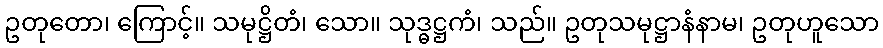
ဥတုတော၊ ကြောင့်။ သမုဋ္ဌိတံ၊ သော။ သုဒ္ဓဋ္ဌကံ၊ သည်။ ဥတုသမုဋ္ဌာနံနာမ၊ ဥတုဟူသော